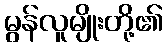
မွန်လူမျိုးတို့၏